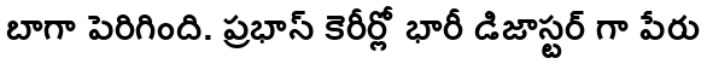
బాగా పెరిగింది. ప్రభాస్ కెరీర్లో భారీ డిజాస్టర్ గా పేరు